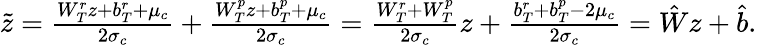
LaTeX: \begin{array}{r}{\tilde{z}=\frac{W_{T}^{r}z+b_{T}^{r}+\mu_{c}}{2\sigma_{c}}+\frac{W_{T}^{p}z+b_{T}^{p}+\mu_{c}}{2\sigma_{c}}=\frac{W_{T}^{r}+W_{T}^{p}}{2\sigma_{c}}z+\frac{b_{T}^{r}+b_{T}^{p}-2\mu_{c}}{2\sigma_{c}}=\hat{W}z+\hat{b}.}\end{array}